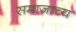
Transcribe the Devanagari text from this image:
समाजाच्य